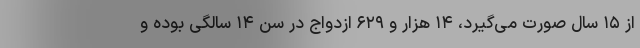
از ۱۵ سال صورت می‌گیرد، ۱۴ هزار و ۶۲۹ ازدواج در سن ۱۴ سالگی بوده و